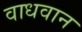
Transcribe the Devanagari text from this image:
वाधवान